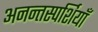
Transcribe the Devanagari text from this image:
अनन्तस्पर्शियाँ